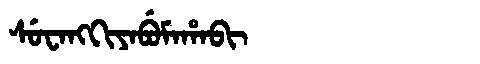
Manchu: ᠰᡠᠸᠠᠩᡴᡳᠶᠠᠪᡠᠮᠠᡥᠠᠪᡳ
Romanization: SUWANGKIYABUMAHABI